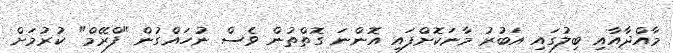
މާއްދާއާއި ބިލުގައި އަބުރު މާނަކޮށްފައި އޮންނަ ގޮތްތުން ވެސް ނުހައްގުން "ފްރޭމް" ކުރުމަށް